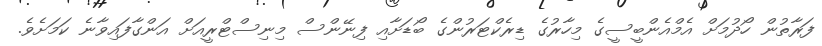
ފަރާތުން ހޯދުމަށް އެމްއެންބީސީގެ މިހާރުގެ ޑިރެކްޓަރުންގެ ބޯޑަށާއި ފިނޭންސް މިނިސްޓްރީއަށް އަންގާފައިވާނެ ކަމަށެވެ.